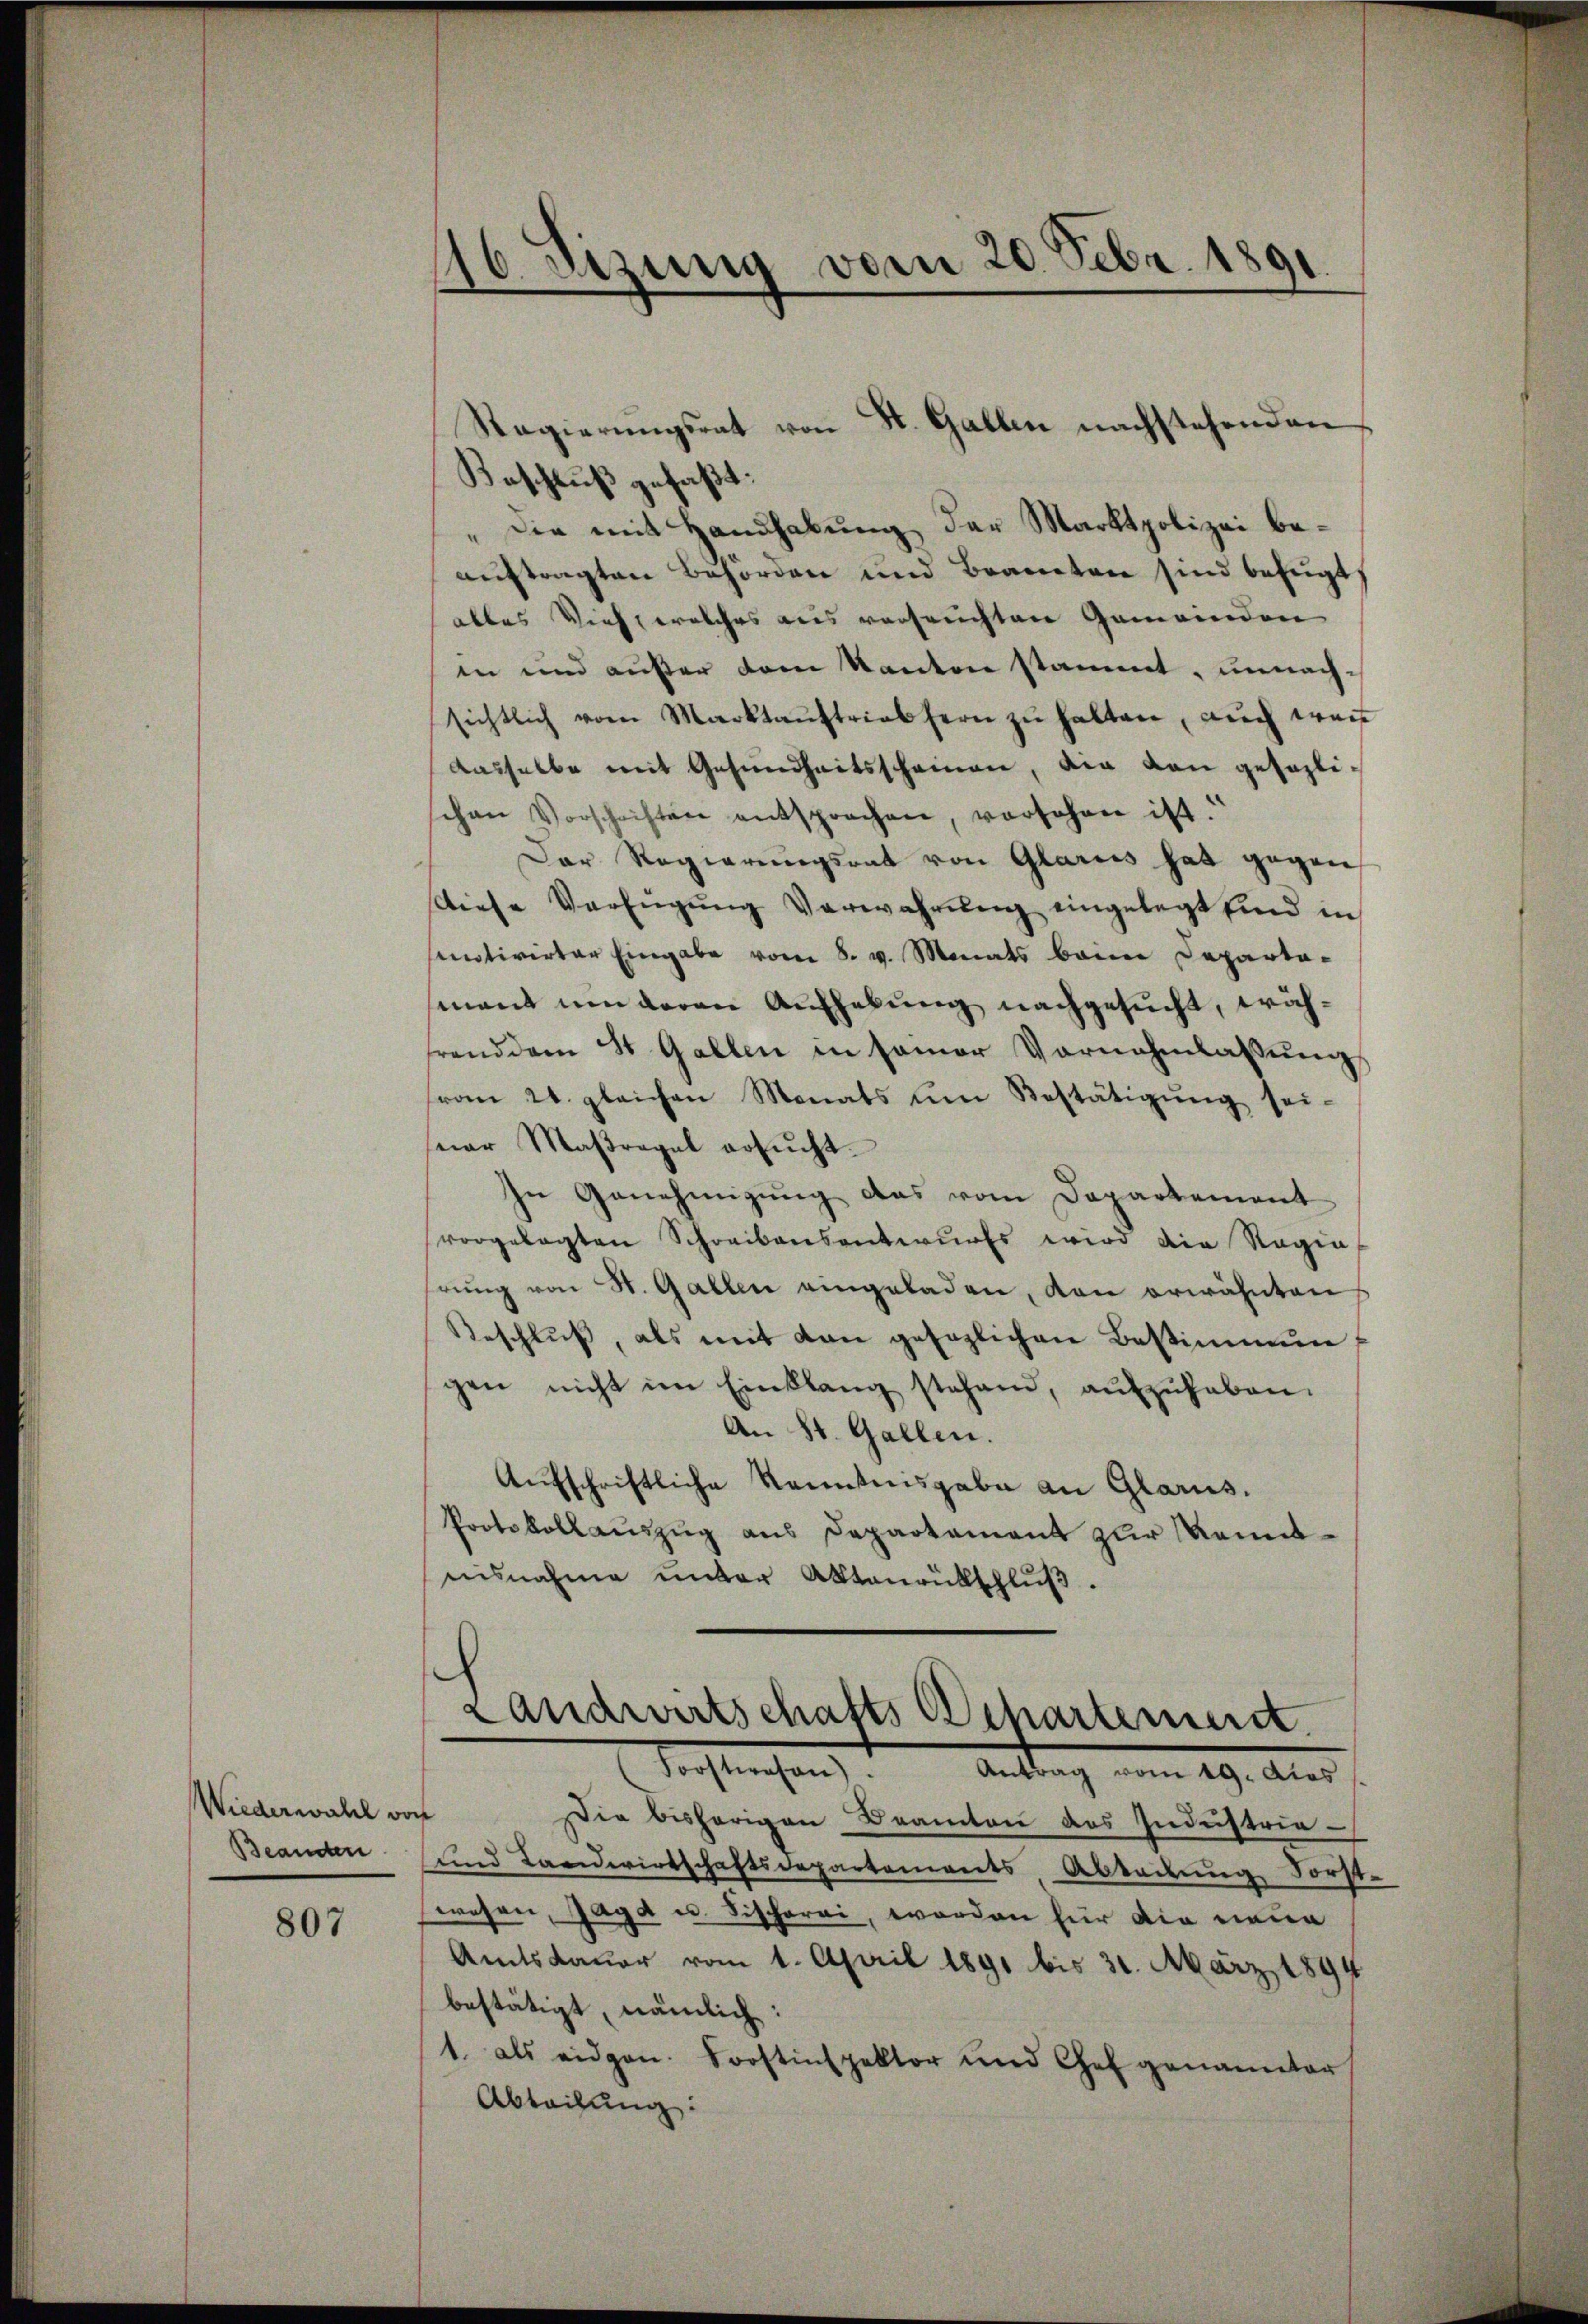
Wiederwahl von
Beanden

807

Beschluß gefaßt:
„Die mit Handhabung der Marktpolizei beauftragten Behörden und Beamten sind bezeigt
alles Vieh, welches aus verseuchten Gemeinden
in und außer dem Kanton stammt, unnachsichtlich vom Marktaŭftriebern zŭ halten, aŭch war
dasselbe mit Gesundheitsscheinen, die von gesezlischen Vorschriften entsprochen, vorsehen ist.“
Der Regierungsrat von Glarus hat gegen
Diese Verfügŭng Verwahrŭng eingelegt sind in
smotivirter Eingabe vom 8. v. Monats beim Departa-
mant um deren Aufhebung nachgesucht, währand dem St. Gallen in seiner Vornahmlassŭng
vom 24. gleichen Monats um Bestätigŭng sei-
uar Maβregal ersŭcht.
In Genehmigung das vom Departement
vorgelegten Schreibensantwurfs wird die Regia
hrung von St. Gallen eingeladen, den erwähnten
Beschluß, als mit den gesezlichen Bestimmun
gen nicht im Einklang stehend, aŭfzŭheben.
An St. Gallen.
Aŭfschriftliche Renntnisgabe an Glarus.
Protokollauszug aus Departament zur Kenntnisnahme unter Aktenrütschlŭβ.

116. Sizung vom 20. Febr. 1891.
—

Regierungsrat von St. Gallen nachstehenden

Landwirtschafts Departement
Forstwesen). Antrag vom 19. dies

Die bisherigen Beamten des Industrie¬
und Landwirtschaftsdepartements Abladung Forste
wesen, Jaga u. Fischerei, worden für die neue
Amtsdauer vom 1. April 1891 bis 31. März 1894
bestätigt, nämlich:
1. als eidgen. Forstinspektor und Chef genannter
Abtaihung: